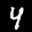
Label: 4